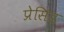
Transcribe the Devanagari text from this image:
प्रेसिड